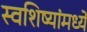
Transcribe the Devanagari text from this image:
स्वशिष्यांमध्ये